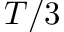
T / 3